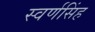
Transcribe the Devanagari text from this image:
स्वर्णसिंह